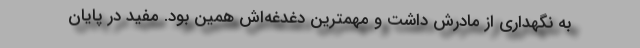
به نگهداری از مادرش داشت و مهمترین دغدغه‌اش همین بود. مفید در پایان